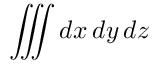
\iiint d x \, d y \, d z